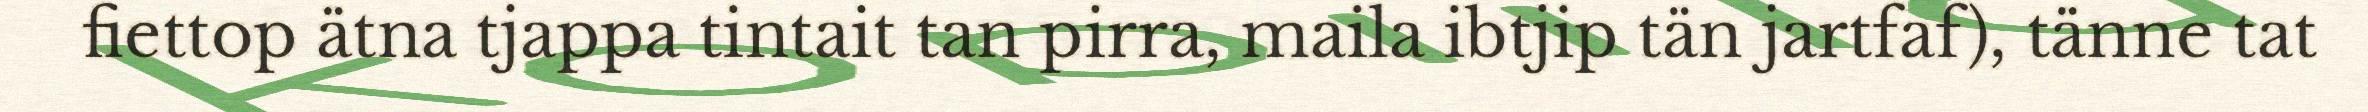
fiettop ätna tjappa tintait tan pirra, maila ibtjip tän jartfaf), tänne tat